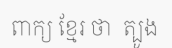
ពាក្យ ខ្មែរ ថា  ត្បូង